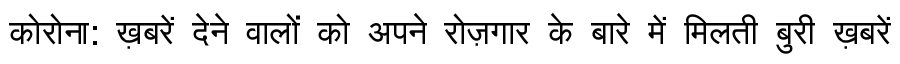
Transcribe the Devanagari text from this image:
कोरोना: ख़बरें देने वालों को अपने रोज़गार के बारे में मिलती बुरी ख़बरें